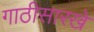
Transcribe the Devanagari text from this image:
गाठीसारखे